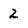
Character: 2